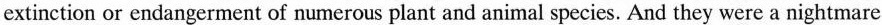
extinction or endangerment of numerous plant and animal species. And they were a nightmare